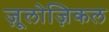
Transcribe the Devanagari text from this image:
ज़ूलोज़िकल